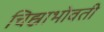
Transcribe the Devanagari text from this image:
चिह्नाभोवती